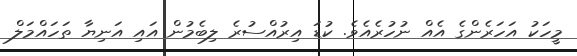
މީހަކު އަހަރެންގެ އެއް ނުހުރެއެވެ. ކުޑަ އިރުއްސުރެ ލިބެމުން އައި އަނިޔާ ތަހައްމަލް